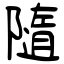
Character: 隨